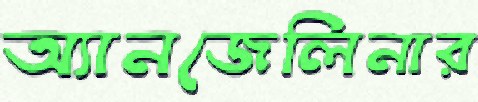
অ্যানজেলিনার